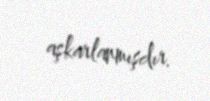
aşkarlanmışdır.